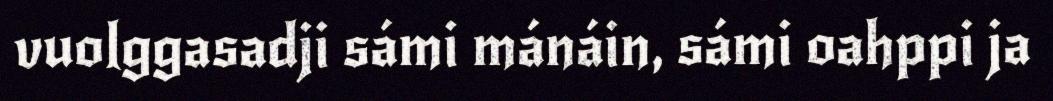
vuolggasadji sámi mánáin, sámi oahppi ja